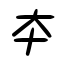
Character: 夲